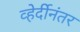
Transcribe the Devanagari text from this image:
व्हेर्दीनंतर